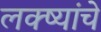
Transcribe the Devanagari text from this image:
लक्ष्यांचे